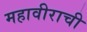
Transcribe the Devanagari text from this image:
महावीराची